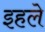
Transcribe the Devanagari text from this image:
इहले